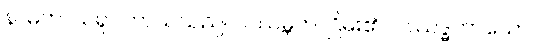
နာမကာယရူပကာယသည်။ ပဿမ္ဘတိ၊ ငြိမ်း၏။ ပဿဒ္ဓကာယော၊